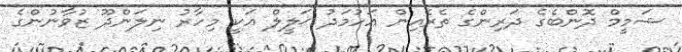
ޝަމީމް ދޮންބެގެ ދަރިންގެ ތެރެއިން އަހުމަދު ޚަލީލް އަކީ މިހާރު ނިލަންދޫ ޒުވާނުންގެ